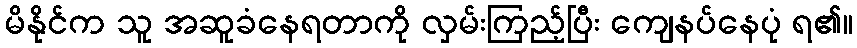
မိနိုင်က သူ အဆူခံနေရတာကို လှမ်းကြည့်ပြီး ကျေနပ်နေပုံ ရ၏။